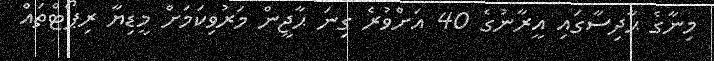
މިނާގެ ޙާދިސާގައި އީރާނުގެ 40 އަށްވުރެ ގިނަ ޙާޖީން މަރުވިކަމަށް މީޑިޔާ ރިޕޯޓްތައް